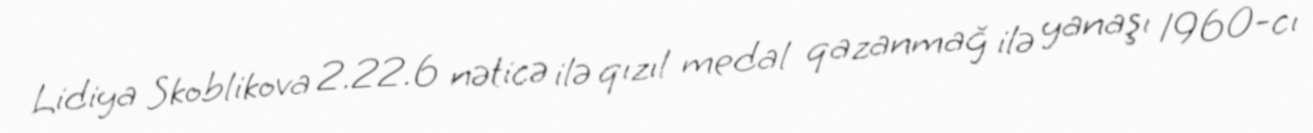
Lidiya Skoblikova 2.22.6 nəticə ilə qızıl medal qazanmağ ilə yanaşı 1960-cı